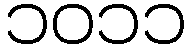
၁၀၁၁